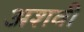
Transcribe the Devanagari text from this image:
अशवी